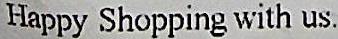
HAPPY SHOPPING WITH US.